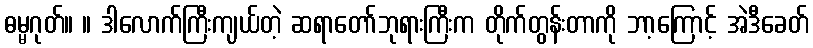
ဓမ္မဂုတ်။ ။ ဒါလောက်ကြီးကျယ်တဲ့ ဆရာတော်ဘုရားကြီးက တိုက်တွန်းတာကို ဘာ့ကြောင့် အဲဒီခေတ်